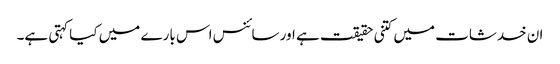
ان خدشات میں کتنی حقیقت ہے اور سائنس اس بارے میں کیا کہتی ہے۔